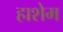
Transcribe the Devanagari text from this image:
हाशेम